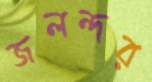
জলন্দর